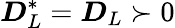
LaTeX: \boldsymbol{D}_{L}^{*}=\boldsymbol{D}_{L}\succ 0